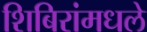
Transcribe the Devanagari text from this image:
शिबिरांमधले